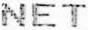
NET